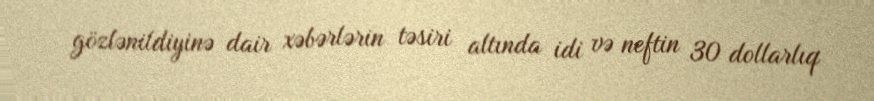
gözlənildiyinə dair xəbərlərin təsiri altında idi və neftin 30 dollarlıq